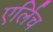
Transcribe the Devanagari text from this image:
एर्लिच